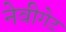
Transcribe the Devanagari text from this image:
नेवीगेट